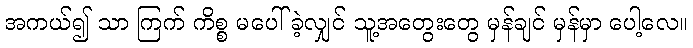
အကယ်၍ သာ ကြက် ကိစ္စ မပေါ်ခဲ့လျှင် သူ့အတွေးတွေ မှန်ချင် မှန်မှာ ပေါ့လေ။